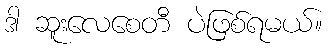
ဒါ ဆူးလေစေတီ ပဲဖြစ်ရမယ်။